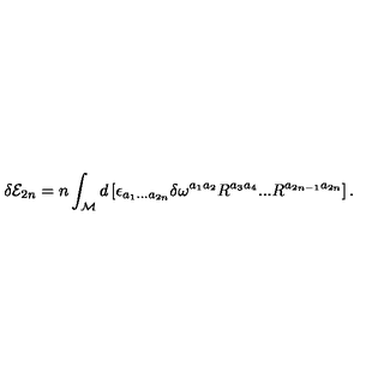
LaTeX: \delta { \cal E } _ { 2 n } = n \int _ { { \cal M } } d \left[ \epsilon _ { a _ { 1 } . . . a _ { 2 n } } \delta \omega ^ { a _ { 1 } a _ { 2 } } R ^ { a _ { 3 } a _ { 4 } } . . . R ^ { a _ { 2 n - 1 } a _ { 2 n } } \right] .